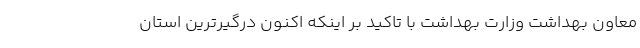
معاون بهداشت وزارت بهداشت با تاکید بر اینکه اکنون درگیرترین استان